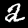
Label: 2